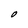
Character: O